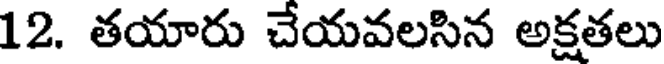
12. తయారు చేయవలసిన అక్షతలు